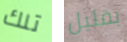
تلك بقليل